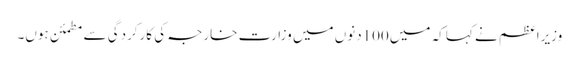
وزیراعظم نے کہا کہ میں100دنوں میں وزارت خارجہ کی کارکردگی سے مطمئن ہوں۔